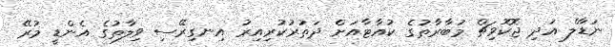
ނަޑާލް އަދި ޖޮކޮވިޗް މުބާރާތުގެ ކުއާޓާއަށް ދަތުރުކުރިއިރު އިނގިރޭސި ވިލާތުގެ އެންޑީ މުރޭ